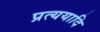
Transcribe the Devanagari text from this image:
प्रत्ययादि